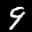
Label: 9